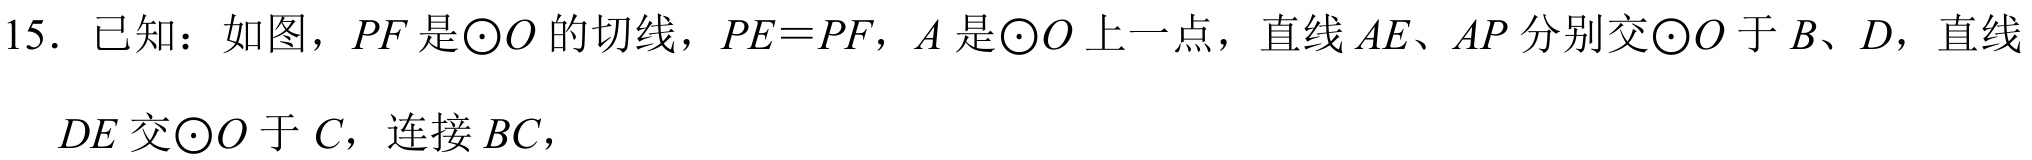
15. 已知：如图，\(PF\) 是\(\odot O\) 的切线，\(PE = PF\)，\(A\) 是\(\odot O\) 上一点，直线 \(AE\)、\(AP\) 分别交\(\odot O\) 于 \(B\)、\(D\)，直线
\(DE\) 交\(\odot O\) 于 \(C\)，连接 \(BC\)，